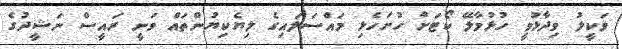
ވަކީލު ވިދާޅުވީ ހުޅުމާލޭ ކޯޓަށް ހުށަހެޅި މައްސަލައިގެ ލިޔެކިޔުންތައް ވަނީ ރައީސް ނަޝީދުގެ